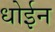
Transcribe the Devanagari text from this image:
धोईन